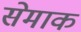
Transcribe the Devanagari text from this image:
सेमाक